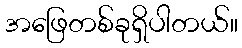
အဖြေတစ်ခုရှိပါတယ်။